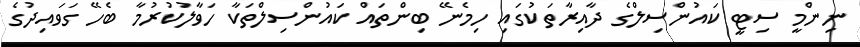
ނިންމީ ސިޓީ ކައުންސިލްގެ ދާއިރާތަކުގައި ހިމެނޭ ބިންތައް ކައުންސިލްތަކާ ހަވާލުކުރުމާ ބެހޭ ގަވައިދުގެ